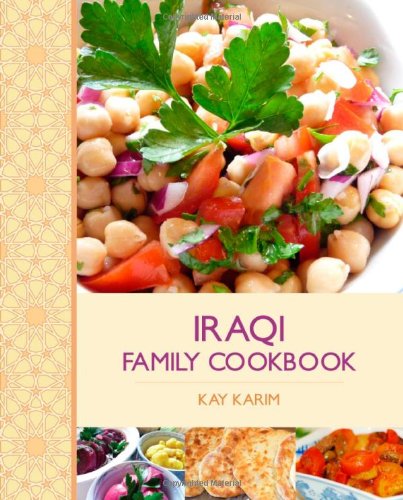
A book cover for The Iraqi Family Cookbook (Hippocrene Cookbook Library); Kay Karim; Cookbooks, Food & Wine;